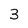
Character: 3